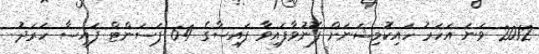
2012 ވަނަ އަހަރު ހައިކޮމިޝަނަށް ފޮނުވާފައިވާ ފައިސާގެ 64 ޕަސަންޓް ފައިސާ ހަރަދު